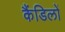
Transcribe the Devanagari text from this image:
कैंडिलों